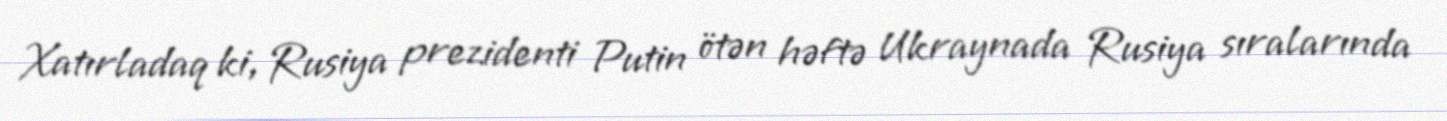
Xatırladaq ki, Rusiya prezidenti Putin ötən həftə Ukraynada Rusiya sıralarında